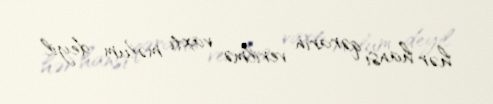
hər hansı qərarın verilmə vaxtı məlum deyil.